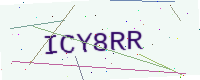
Text: ICY8RR